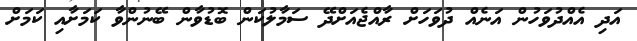
އަދި އެއްދުވަހުން އަނެއް ދުވަހަށް ރާއްޖެއަށްދޭ ސަމާލުކަން ބޮޑުވާން ބޭނުންވާ ކަމަށާއި ކަމަށް